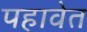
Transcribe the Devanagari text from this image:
पहावेत